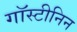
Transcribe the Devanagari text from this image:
गॉस्टीनिन